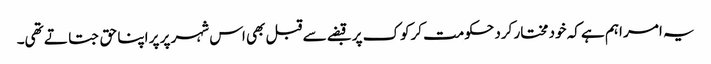
یہ امر اہم ہے کہ خود مختار کرد حکومت کرکوک پر قبضے سے قبل بھی اس شہر پر پر اپنا حق جتاتے تھی۔